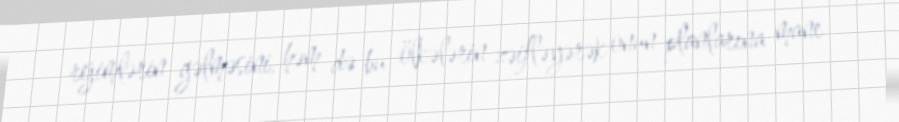
rejimlərin gəlməsini, həm də bu ölkələrin zəifləyərək onun planlarına mane